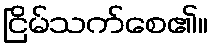
ငြိမ်သက်စေ၏။